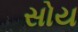
સોય